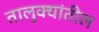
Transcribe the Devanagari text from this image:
तालुक्‍यांतील